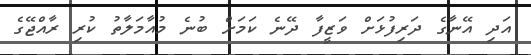
އަދި އޭނާގެ ދަރިފުޅަށް ވަޒީފާ ދޭނެ ކަމަށް ބުނެ މުއާމަލާތު ކުރި ރާއްޖޭގެ